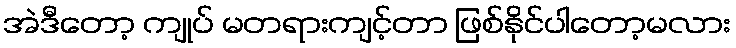
အဲဒီတော့ ကျုပ် မတရားကျင့်တာ ဖြစ်နိုင်ပါတော့မလား